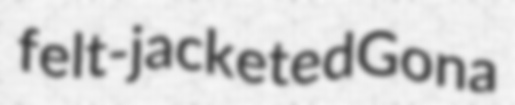
felt-jacketed Gona